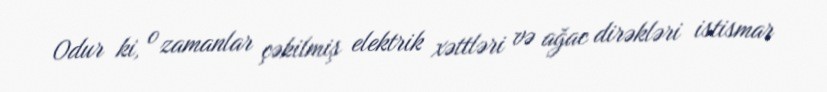
Odur ki, o zamanlar çəkilmiş elektrik xəttləri və ağac dirəkləri istismar